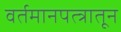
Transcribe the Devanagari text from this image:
वर्तमानपत्त्रातून